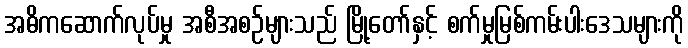
အဓိကဆောက်လုပ်မှု အစီအစဉ်များသည် မြို့တော်နှင့် စက်မှုမြစ်ကမ်းပါးဒေသများကို